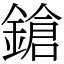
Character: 鎗